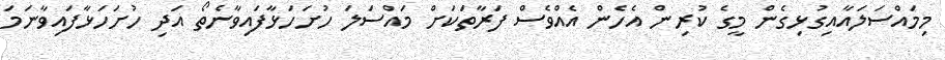
މިމައްސަލައާއިގުޅިގެން މީގެ ކުރިން އެހެން އެއްވެސް ފަރާތަކަށް މައްސަލަ ހުށަހަޅާފައިވާނެތޯ އަދި ހުށަހަޅާފައިވާނަމަ